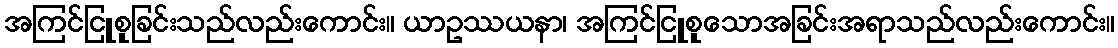
အကြင်ငြူစူခြင်းသည်လည်းကောင်း။ ယာဥဿယနာ၊ အကြင်ငြူစူသောအခြင်းအရာသည်လည်းကောင်း။